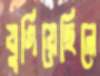
যুগিয়েছিলে